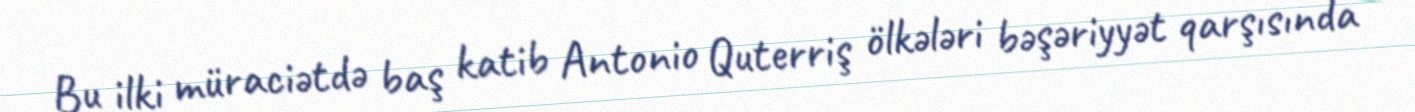
Bu ilki müraciətdə baş katib Antonio Quterriş ölkələri bəşəriyyət qarşısında